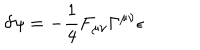
\delta \psi = - \frac { 1 } { 4 } F _ { \mu \nu } \Gamma ^ { \mu \nu } \epsilon